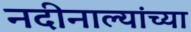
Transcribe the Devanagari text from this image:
नदीनाल्यांच्या